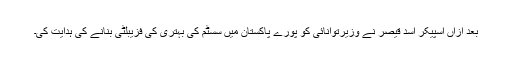
بعد ازاں اسپیکر اسد قیصر نے وزیرتوانائی کو پورے پاکستان میں سسٹم کی بہتری کی فزیبلٹی بنانے کی ہدایت کی۔